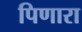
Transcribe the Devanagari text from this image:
पिणारा